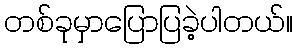
တစ်ခုမှာပြောပြခဲ့ပါတယ်။